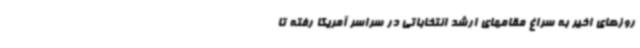
روزهای اخیر به سراغ مقامهای ارشد انتخاباتی در سراسر آمریکا رفته تا